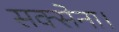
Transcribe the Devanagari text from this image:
सक्सेना।